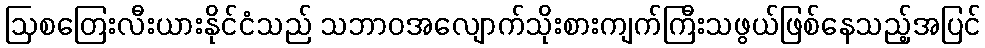
ဩစတြေးလီးယားနိုင်ငံသည် သဘာဝအလျောက်သိုးစားကျက်ကြီးသဖွယ်ဖြစ်နေသည့်အပြင်